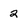
Character: 2